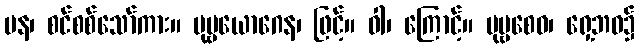
ပန၊ စင်စစ်သော်ကား။ ပုဗ္ဗယောဂေန၊ ဖြင့်။ ဝါ၊ ကြောင့်။ ပုဗ္ဗစေဝ၊ ရှေ့ဘဝ၌